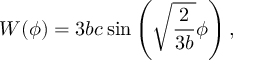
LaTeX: W ( \phi ) = 3 b c \sin \left( \sqrt { \frac { 2 } { 3 b } } \phi \right) ,